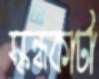
স্কন্ধকাটা